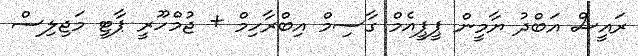
ރައީސް އަބްދު ޔާމީން ޕީޕީއެމް ގާސިމް އިބްރާހިމް + ޖުމްހޫރީ ޕާޓީ މަޖިލިސް